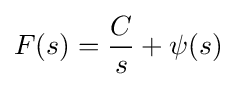
F(s)={\frac {C}{s}}+\psi (s)